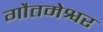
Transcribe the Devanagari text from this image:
गौतमेश्वर